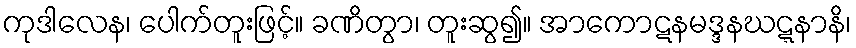
ကုဒါလေန၊ ပေါက်တူးဖြင့်။ ခဏိတွာ၊ တူးဆွ၍။ အာကောဋနမဒ္ဒနဃဋ္ဋနာနိ၊